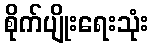
စိုက်ပျိုးရေးသုံး